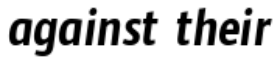
against their